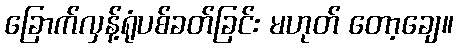
ခြောက်လှန့်ရုံပစ်ခတ်ခြင်း မဟုတ် တော့ချေ။